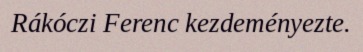
Rákóczi Ferenc kezdeményezte.